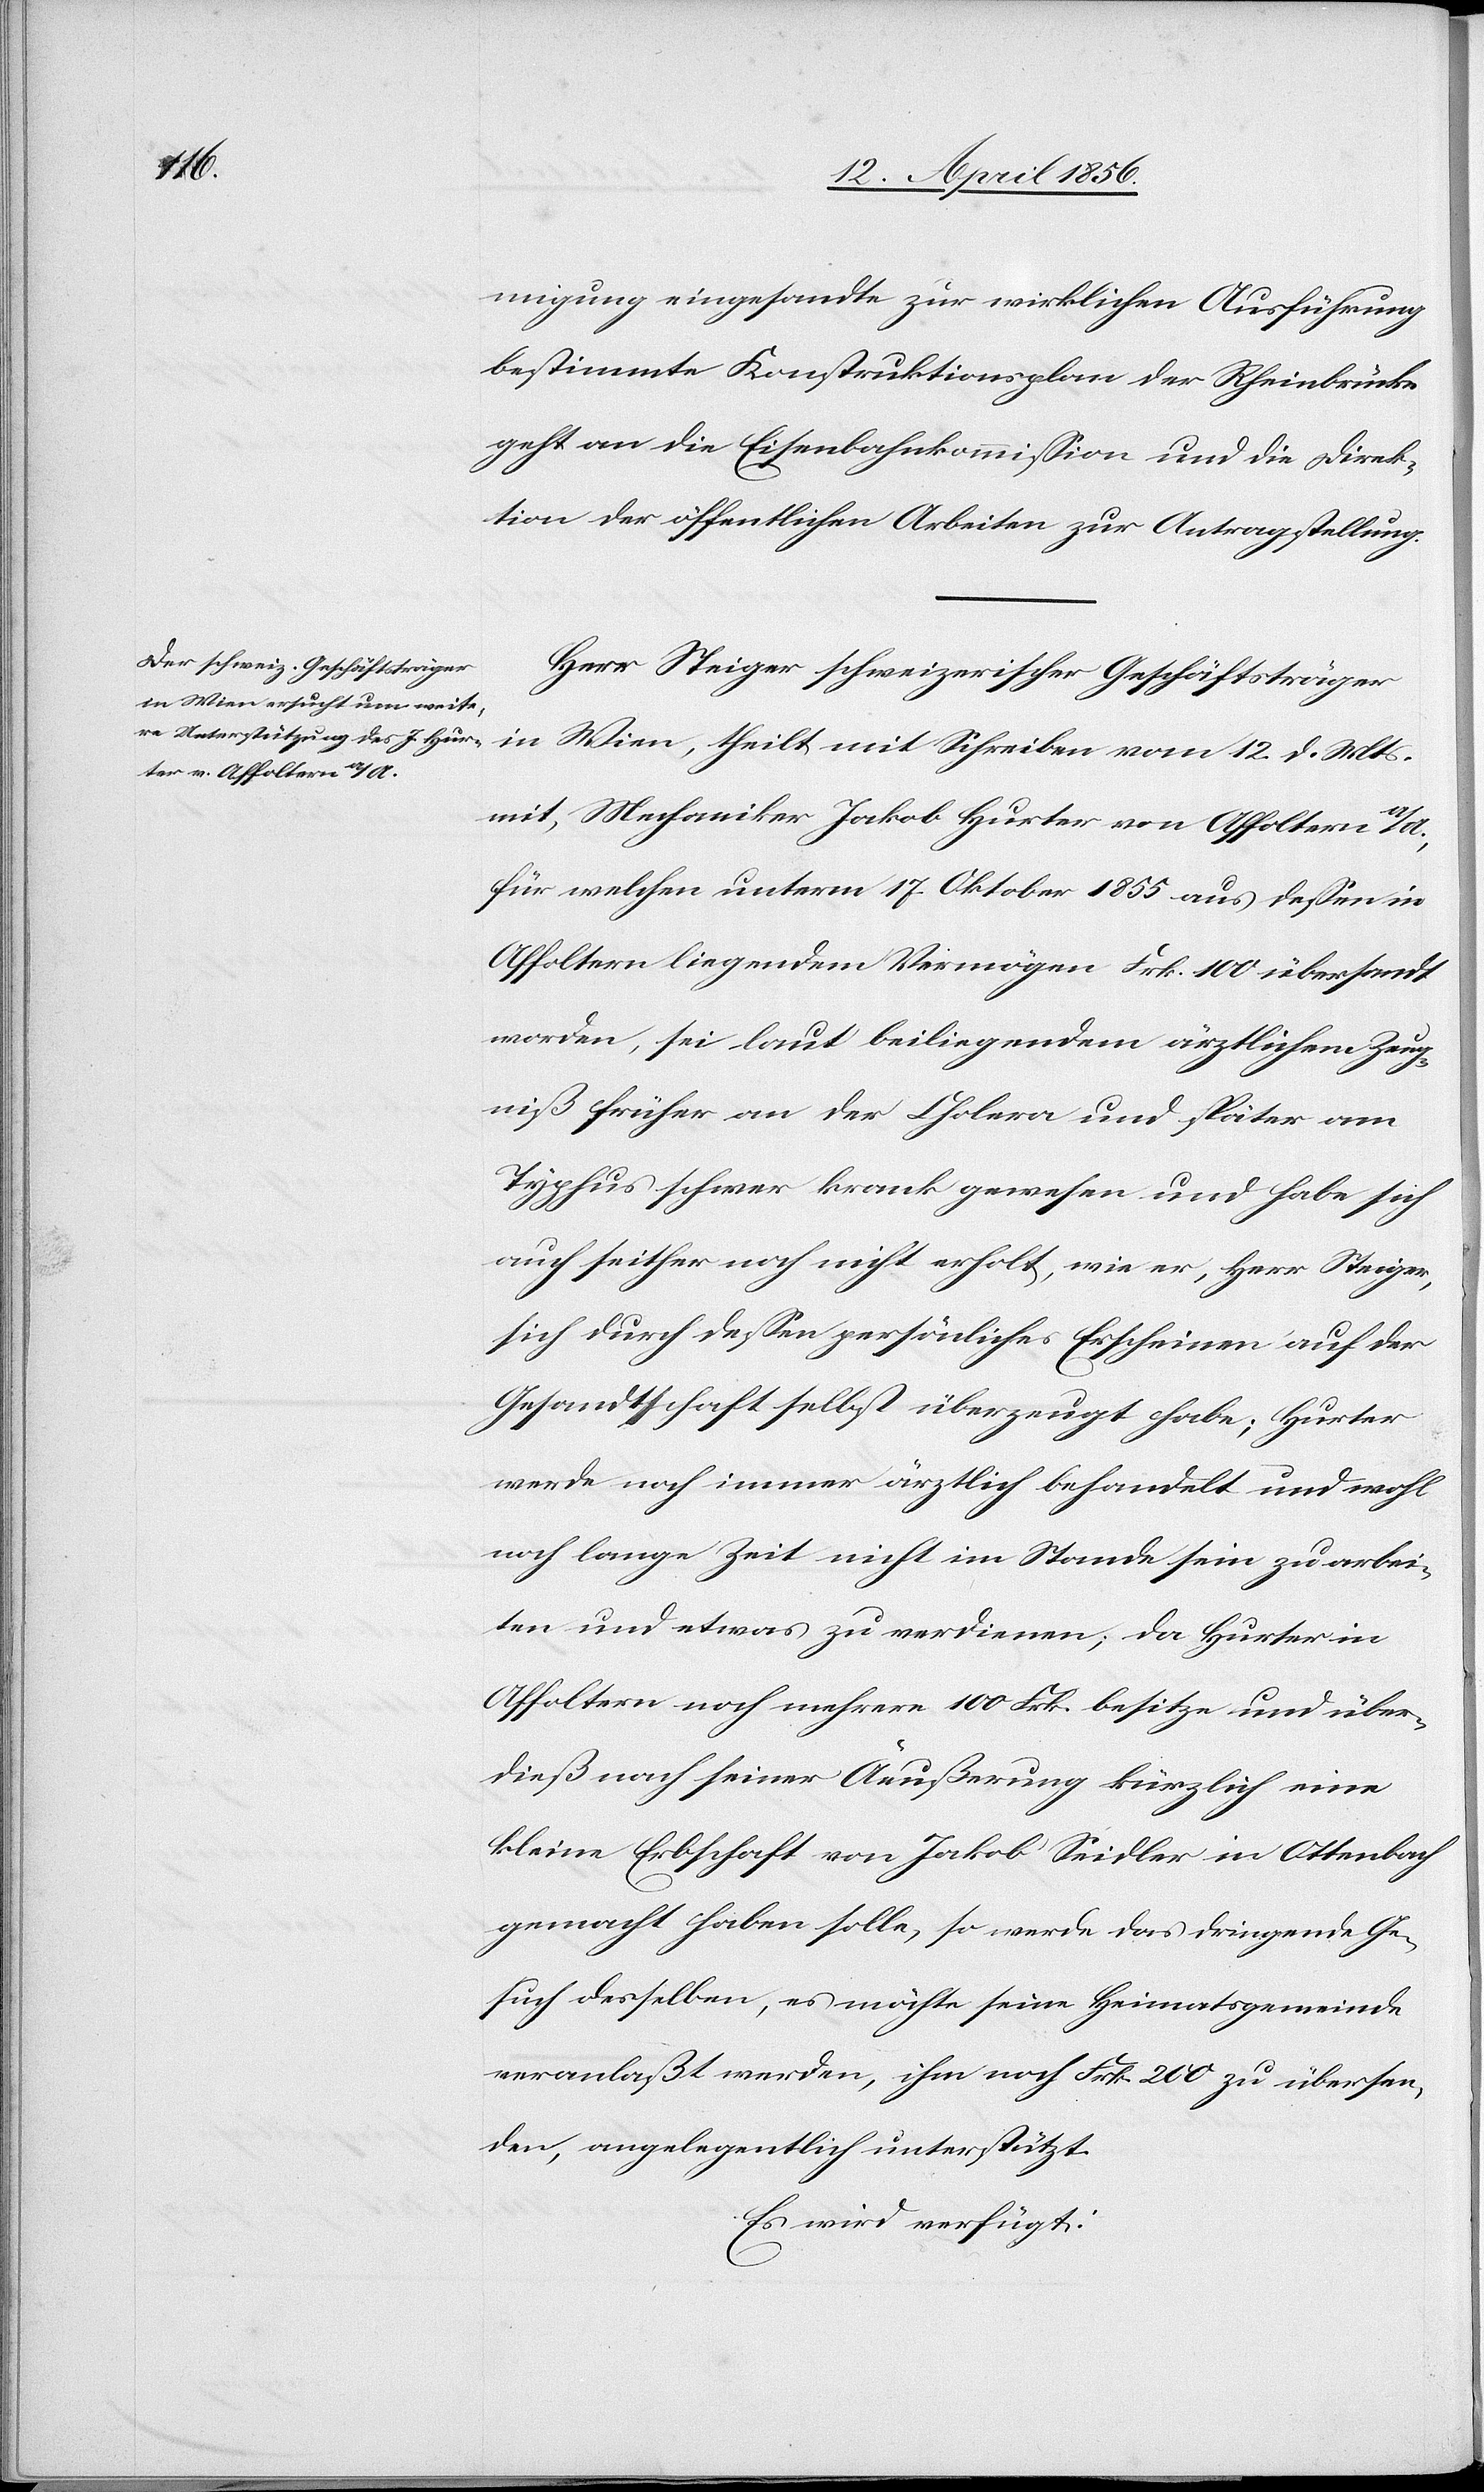
15. April 1856.]
migung eingesandte zur wirklichen Ausführung
bestimmte Konstruktionsplan der Rheinbrücke
geht an die Eisenbahnkommission und die Direk¬
tion der öffentlichen Arbeiten zur Antragstellung.
Herr Steiger schweizerischer Geschäftsträger
in Wien, theilt mit Schreiben vom 12. d. Mts.
mit, Mechaniker Jakob Hurter von Affoltern a/A.,
für welchen unterm 17. Oktober 1855 aus dessen in
Affoltern liegendem Vermögen Frk. 100 übersandt
worden, sei laut beiliegendem ärztlichem Zeug¬
niß früher an der Cholera und später am
Typhus schwer krank gewesen und habe sich
auch seither nicht erholt, wie er, Herr Steiger,
sich durch dessen persönliches Erscheinen auf der
Gesandtschaft selbst überzeugt habe; Hurter
werde noch immer ärztlich behandelt und wohl
noch lange Zeit nicht im Stande sein zu arbei¬
ten und etwas zu verdienen; da Hurter in
Affoltern noch mehrere 100 Frk. besitze und über¬
dieß nach seiner Äeußerung kürzlich eine
kleine Erbschaft von Jakob Seidler in Ottenbach
gemacht haben solle, so werde das dringende Ge¬
such desselben, es möchte seine Heimatsgemeinde
veranlaßt werden, ihm noch Frk. 200 zu übersen¬
den, angelegentlich unterstützt.
Es wird verfügt: